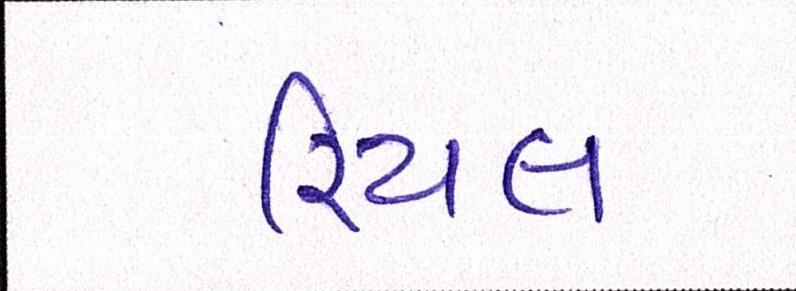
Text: રિયલ